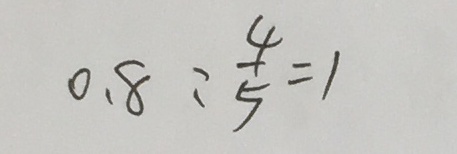
0 . 8 : \frac { 4 } { 5 } = 1